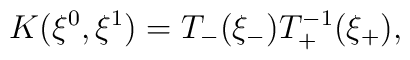
K(\xi^0,\xi^1)=T_-(\xi_-)T_+^{-1}(\xi_+),